Scientific memoirs by medical officers of the Army of India - Part XII,
Year: 1901
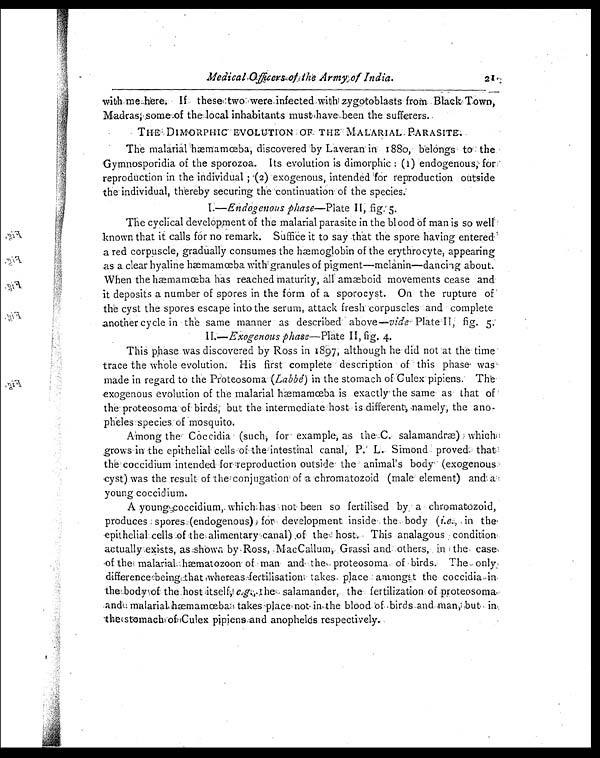
Medical Officers of the Army of India.
21
with me here. If these two were infected with zygotoblasts from Black Town,
Madras, some of the local inhabitants must have been the sufferers.
THE DIMORPHIC EVOLUTION OF THE MALARIAL PARASITE.
The malarial hæmamœba, discovered by Laveran in 1880, belongs to the
Gymnosporidia of the sporozoa. Its evolution is dimorphic : (1) endogenous, for,
reproduction in the individual ; (2) exogenous, intended for reproduction outside
the individual, thereby securing the continuation of the species.
I .—Endogenous phase—Plate II, fig. 5.
The cyclical development of the malarial parasite in the blood of man is so well
known that it calls for no remark. Suffice it to say that the spore having entered
a red corpuscle, gradually consumes the hæmoglobin of the erythrocyte, appearing
as a clear hyaline hæmamœba with granules of pigment—melanin—dancing about.
When the hæmamœba has reached maturity, all amæboid movements cease and
it deposits a number of spores in the form of a sporocyst. On the rupture of
the cyst the spores escape into the serum, attack fresh corpuscles and complete
another cycle in the same manner as described above—vide Plate II, fig. 5.
II.—Exogenous phase—Plate II, fig. 4.
This phase was discovered by Ross in 1897, although he did not at the time
trace the whole evolution. His first complete description of this phase was
made in regard to the Proteosoma (Labbé) in the stomach of Culex pipiens. The
exogenous evolution of the malarial hæmamœba is exactly the same as that of
the proteosoma of birds, but the intermediate host is different, namely, the ano-
pheles species of mosquito.
Among the. Cocci di a (such, for exampl e, as t he C. sal amandræ) whi ch
grows in the epithelial cells of. the intestinal canal, P. L. Simond proved that
the coccidium intended for reproduction outside the animal's body (exogenous
cyst) was the result of the conjugation of a chrormatozoid (male element) and a
young coccidium.
A young coccidium, which has not been so fertilised by a chromatozoid,
produces spores (endogenous) for development inside the body (i.e., in the
epithelial cells of the alimentary canal) of the host. This analagous condition
actually exists, as shown by Ross, MacCallum, Grassi and others, in the case,
of the malarial hæmatozoon of man and the proteosoma of birds. The only
difference being that whereas fectilisation takes place amongst the coccidia in
the body of the host itself,
e . g . ,
t h e s a l a m a n d e r , t h e f e r t i l i z a t i o n o f p r o t e o s o m a
and malarial hæmamœba takes place not in the blood of birds and man, but
in the stomach of Culex pipiens and anopheles respectively.